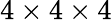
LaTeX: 4\times 4\times 4